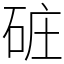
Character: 䂯